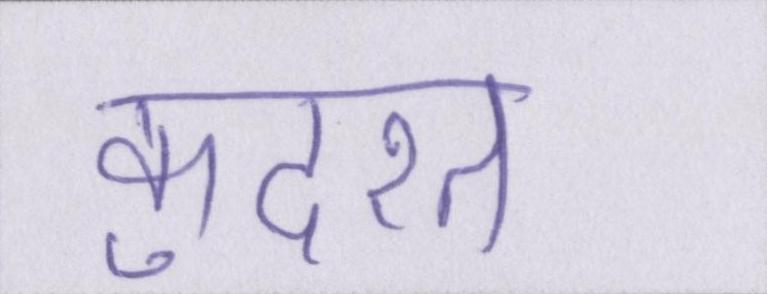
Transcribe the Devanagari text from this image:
कुदरत